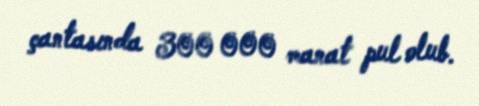
çantasında 300 000 manat pul olub.